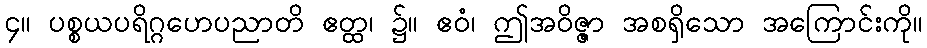
၄။ ပစ္စယပရိဂ္ဂဟေပညာတိ ဧတ္ထ၊ ၌။ ဧဝံ၊ ဤအဝိဇ္ဇာ အစရှိသော အကြောင်းကို။